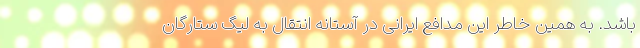
باشد. به همین خاطر این مدافع ایرانی در آستانه انتقال به لیگ ستارگان